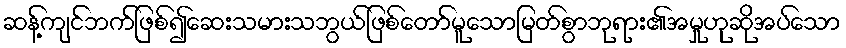
ဆန့်ကျင်ဘက်ဖြစ်၍ဆေးသမားသဘွယ်ဖြစ်တော်မူသောမြတ်စွာဘုရား၏အမှုဟုဆိုအပ်သော